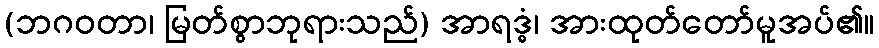
(ဘဂဝတာ၊ မြတ်စွာဘုရားသည်) အာရဒ္ဓံ၊ အားထုတ်တော်မူအပ်၏။